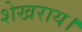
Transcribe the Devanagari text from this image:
शेखराय।